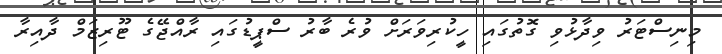
މިނިސްޓަރު ވިދާޅުވި ގޮތުގައި ހީކުރިވަރަށް ވުރެ ބާރު ސްޕީޑުގައި ރާއްޖޭގެ ޓޫރިޒަމް ދާއިރާ